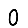
Digit: 0